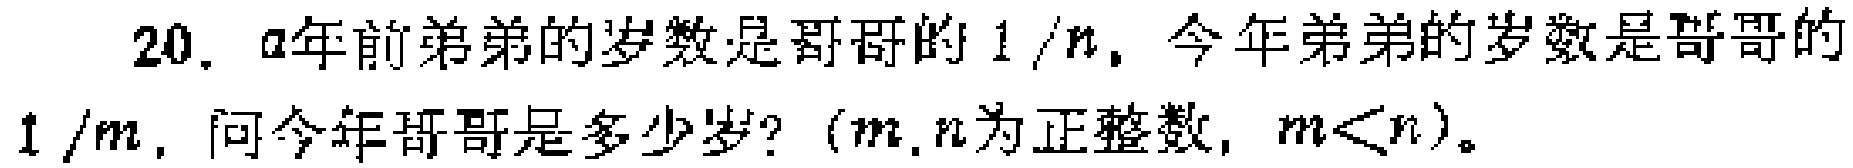
20. $a$年前弟弟的岁数是哥哥的$1/n$，今年弟弟的岁数是哥哥的$1/m$，问今年哥哥是多少岁？（$m,n$为正整数，$m < n$）。